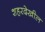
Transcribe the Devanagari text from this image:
शहरदेखील